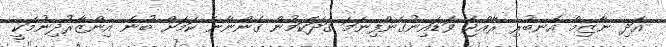
އަދި ނާޒިމް އެނބުރި ރާއްޖެ ވަޑައިނުގެންފިނަމަ ގަދަކަމުން ގެންނާނެ ކަމަށް ބުނެ އިންޒާރުދިނުމަކީ